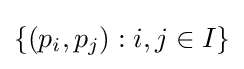
\left\{\left(p_{i},p_{j}\right):i,j\in I\right\}